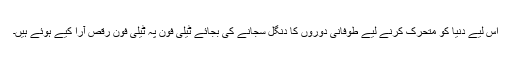
اس لیے دنیا کو متحرک کرنے لیے طوفانی دوروں کا دنگل سجانے کی بجائے ٹیلی فون پہ ٹیلی فون رقص آرا کیے ہوئے ہیں۔